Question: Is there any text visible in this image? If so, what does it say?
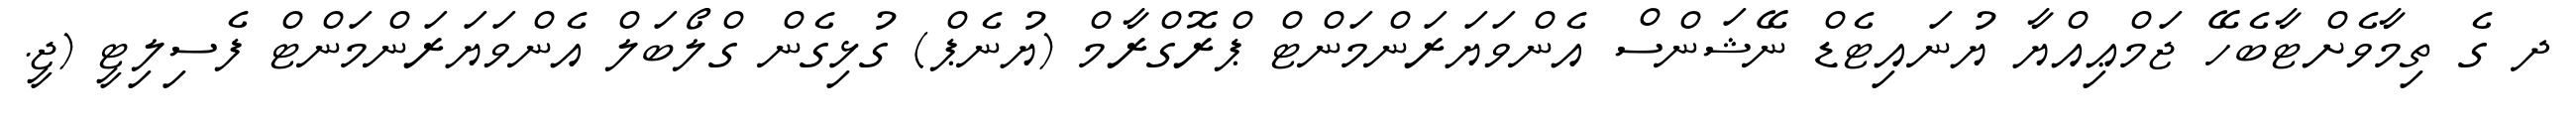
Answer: ދ ގެ ތިމާވެށްޓާބެހޭ ޖަމްޢިއްޔާ ޔުނައިޓެޑް ނޭޝަންސް އެންވަޔަރަންމަންޓް ޕްރޮގްރާމް (ޔުނެޕް) ގުޅިގެން ގްލޯބަލް އެންވަޔަރަންމަންޓް ފެސިލިޓީ (ޖީ.